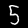
Digit: 5